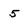
Character: 5